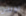
نورين